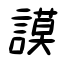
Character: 謨